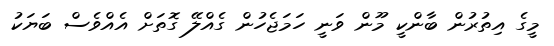
މީގެ އިތުރުން ބާންކީ މޫން ވަނީ ހަމަޖެހުން ގެއްލޭ ގޮތަށް އެއްވެސް ބަޔަކު